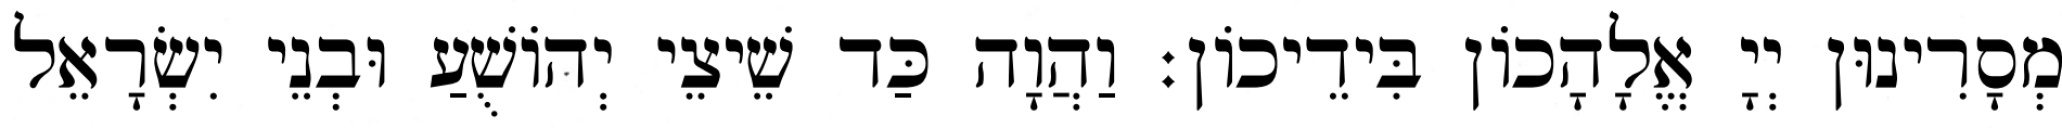
מְסָרִינוּן יְיָ אֱלָהָכוֹן בִּידֵיכוֹן׃ וַהֲוָה כַּד שֵׁיצֵי יְהוֹשֻׁעַ וּבְנֵי יִשְׂרָאֵל